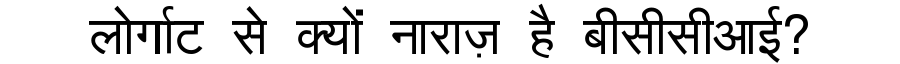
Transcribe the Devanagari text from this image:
लोर्गाट से क्यों नाराज़ है बीसीसीआई?